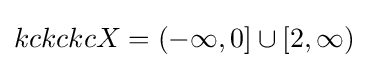
kckckcX=(-\infty ,0]\cup [2,\infty )